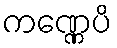
ကဏ္ဏေပိ